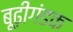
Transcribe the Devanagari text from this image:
बूढ़ीगंडक